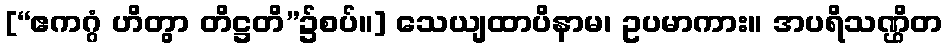
[“ဧကဂ္ဂံ ဟိတွာ တိဋ္ဌတိ”၌စပ်။] သေယျထာပိနာမ၊ ဥပမာကား။ အပရိသဏ္ဌိတ